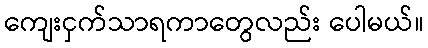
ကျေးငှက်သာရကာတွေလည်း ပေါမယ်။